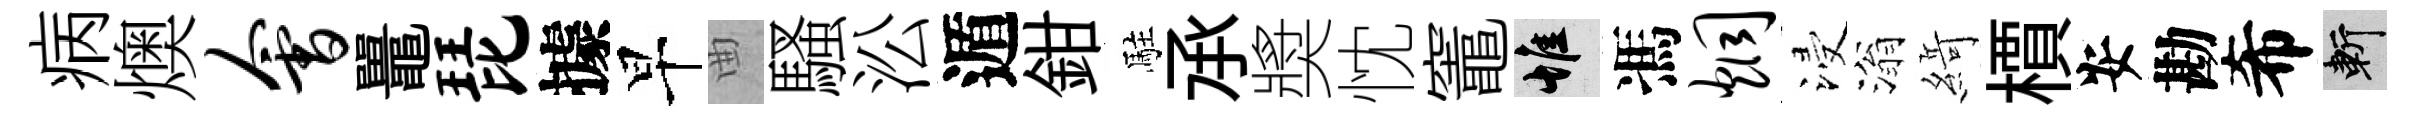
病燠会鼉琵據早曲騷㳂遁鉗駐𠄘奬忱竈惟馮炯浸滃𦂶檟安勘希斬